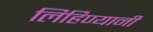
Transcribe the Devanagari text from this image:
लिहिण्यानी